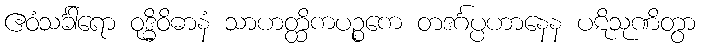
ဧဝံသင်္ခါရော ဝုဒ္ဓိဝိဓာနံ သာဟတ္ထိကပဉ္စကေ တဒင်္ဂပ္ပဟာနေန ပဋိသုဏိတွာ